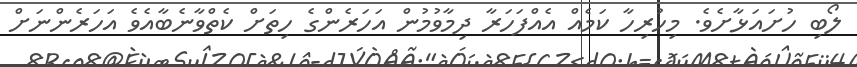
ލޯބި ހުށައަޅާށެވެ. މިހުރިހާ ކަމެއް އެއްފަހަރާ ދިމާވުމުން އަހަރެންގެ ހިތަށް ކެތްވާނެބާއެވެ އަހަރެންނަށް